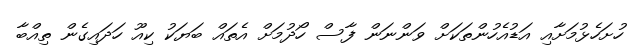
ހުށަހެޅުމަށާއި އަޑުއެހުންތަކަށް ވަންނަން ފާސް ހޯދުމަށް އެތައް ބަޔަކު ކިއޫ ހަދައިގެން ތިއްބާ